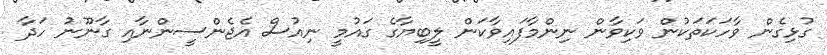
ގުޅިގެން ވާހަކަތަކުން ވަކިވާން ނިންމާފައިވާކަން ލީބިޔާގެ ގައުމީ ނިއުސް އެޖެންސީންނާއި ގާނޫނު ހަދާ